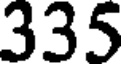
335